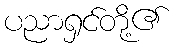
ပညာရှင်တို့၏